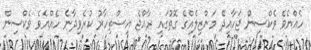
ހެއްޔެވެ ވެކްސިން ޖަހާއިދޭ މަންޒިލެއްގެ ގޮތުގައި ރާއްޖެ އިސްތިހާރު ކުރެވިދާނެ ހެއްޔެވެ ވެކްސިން